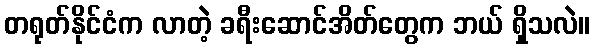
တရုတ်နိုင်ငံက လာတဲ့ ခရီးဆောင်အိတ်တွေက ဘယ် ရှိသလဲ။